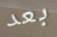
بعد